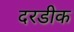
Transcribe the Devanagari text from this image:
दरडीक